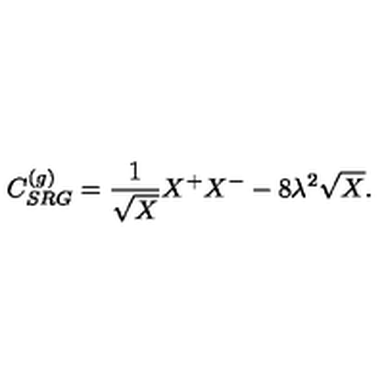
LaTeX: C _ { S R G } ^ { ( g ) } = \frac { 1 } { \sqrt { X } } X ^ { + } X ^ { - } - 8 \lambda ^ { 2 } \sqrt { X } .